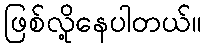
ဖြစ်လို့နေပါတယ်။